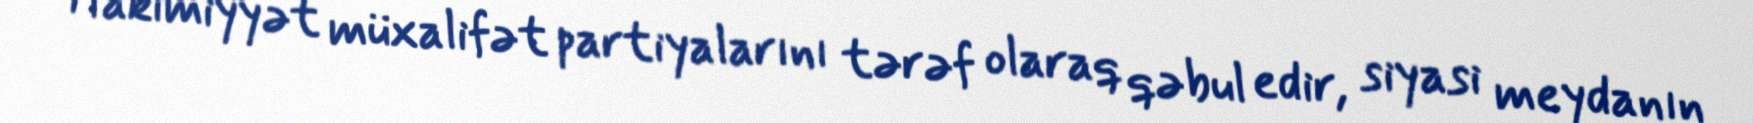
Hakimiyyət müxalifət partiyalarını tərəf olaraq qəbul edir, siyasi meydanın